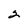
Character: 2